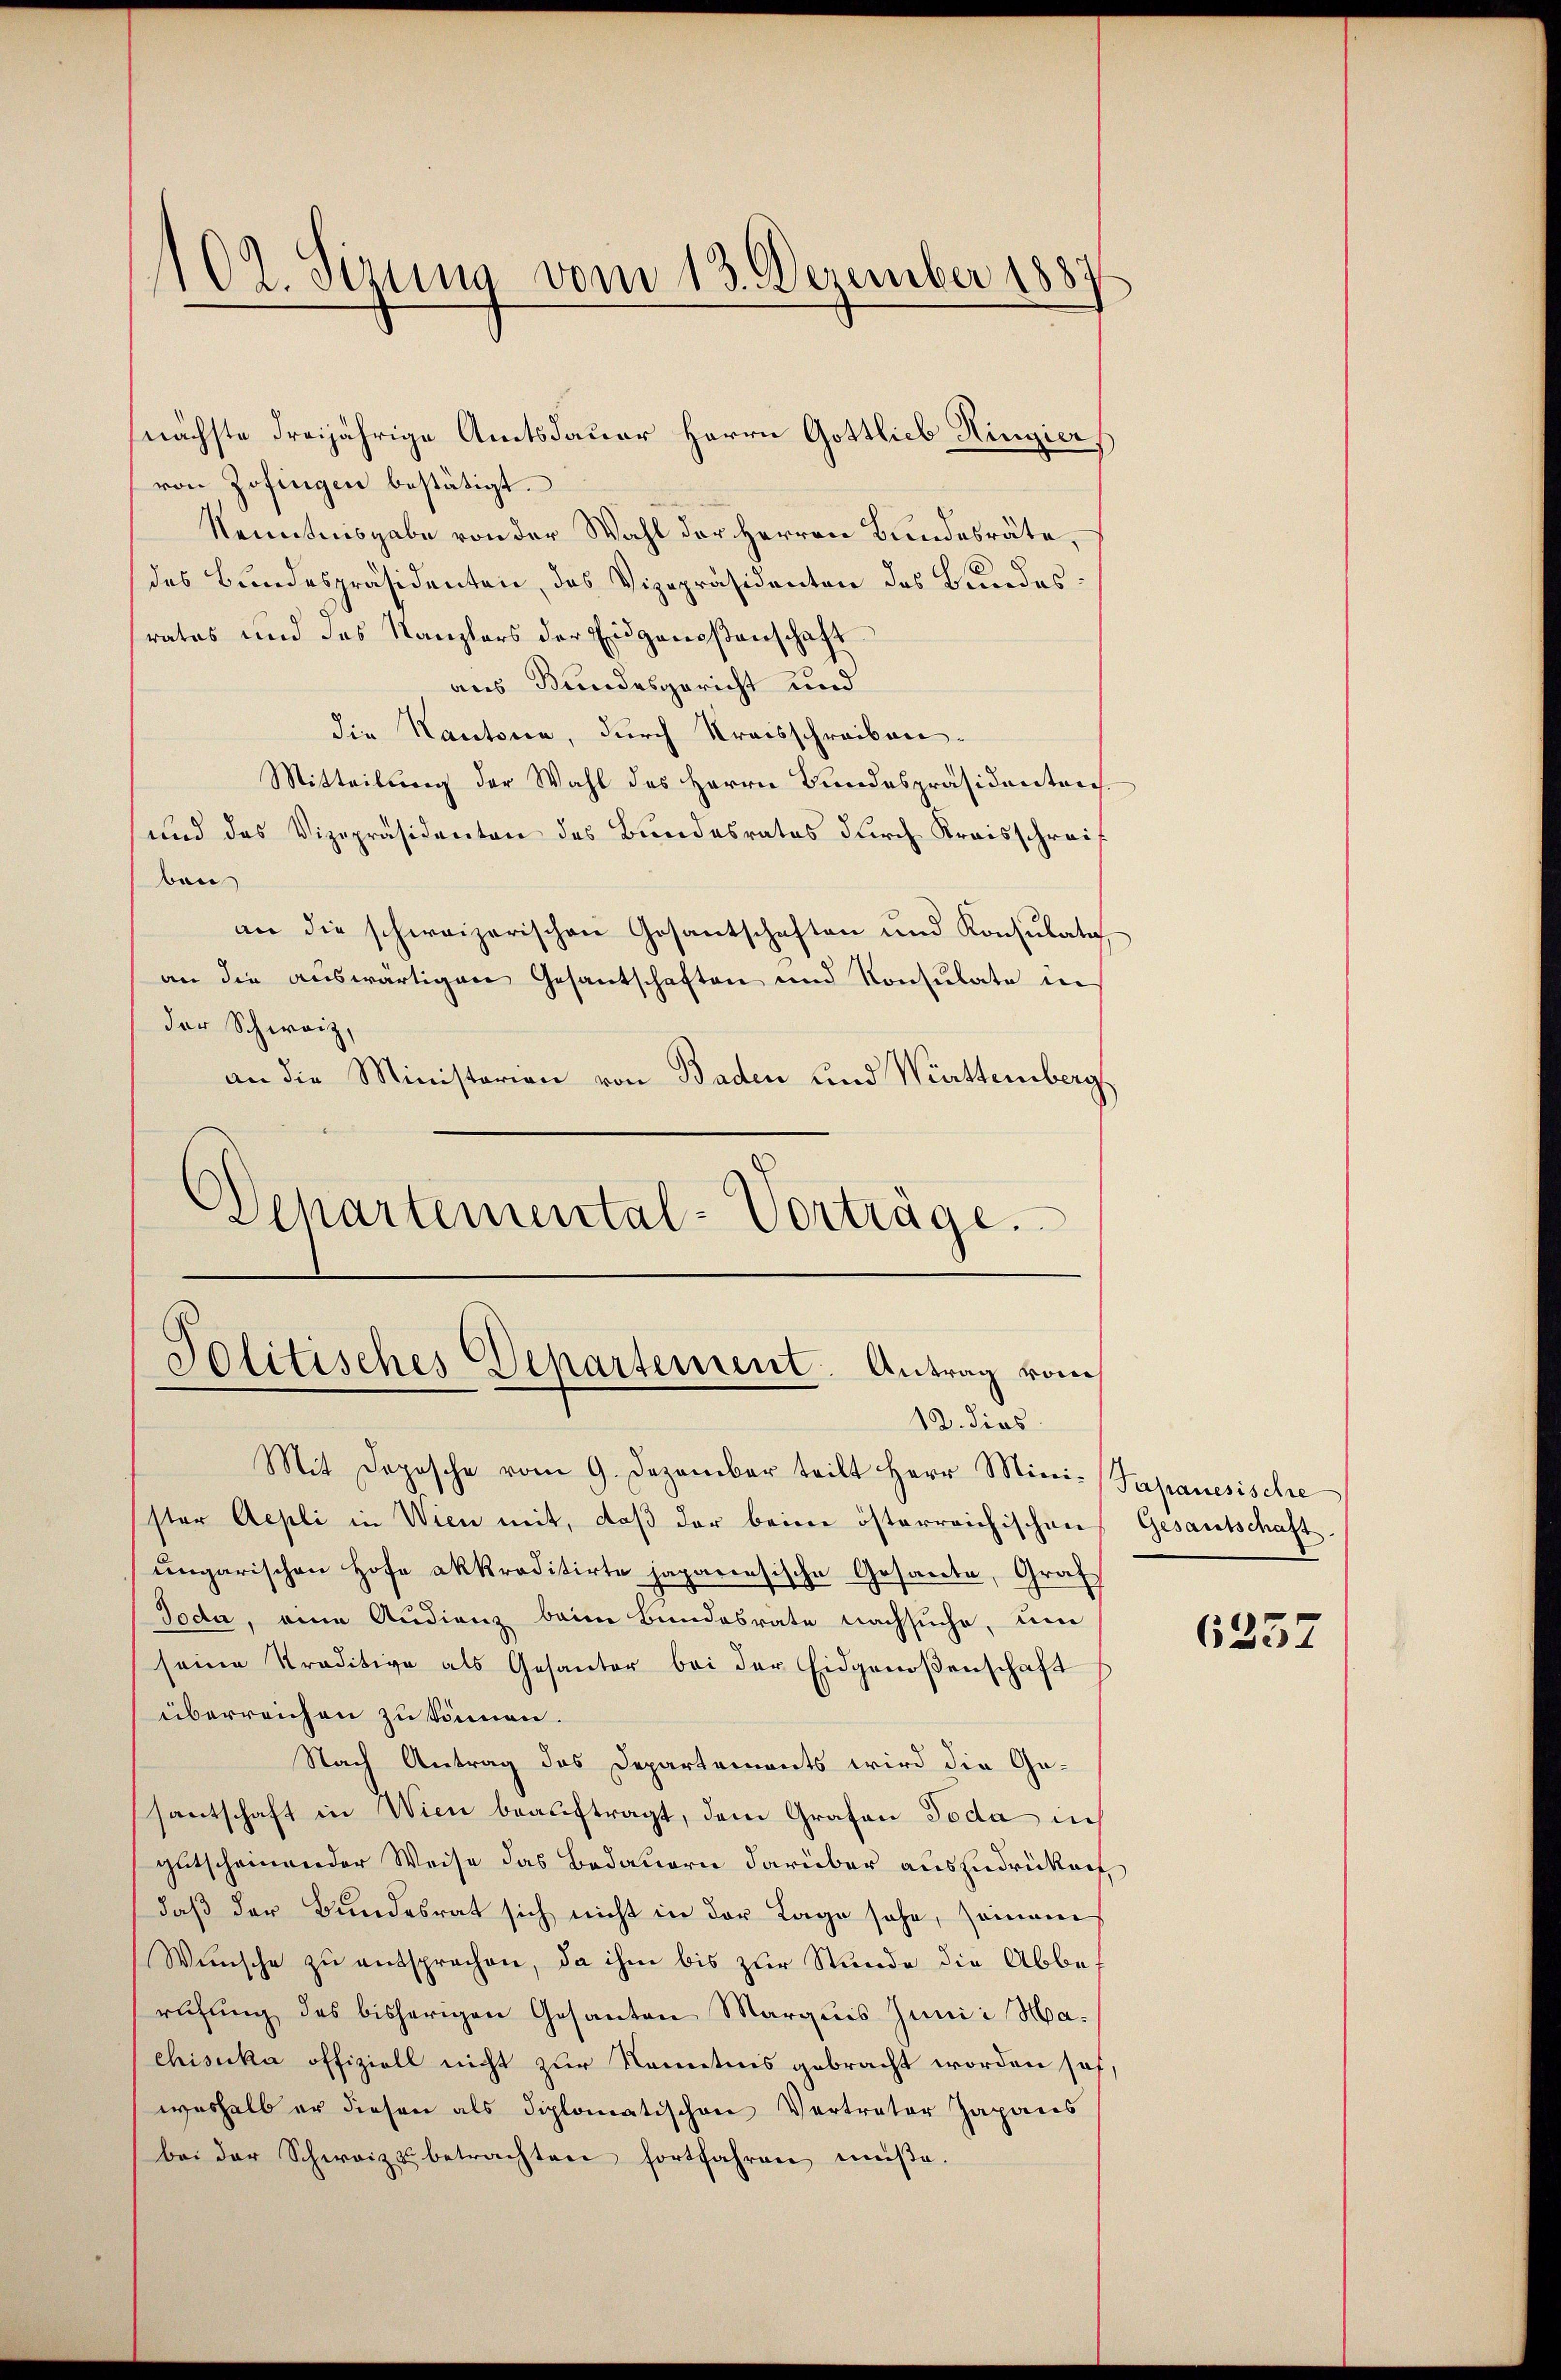
nächste dreijährige Amtsdauer Herrn Gottlieb Hingier
von Zofingen bestätigt.
Kenntnisgabe von der Wahl der Herren Bundesräte,
des Bundespräsidenten, das Vizepräsidenten des Bundesrates und das Kanzlers der Eidgenoßenschaft
aus Bundesgericht und
die Kantonia, durch Kreisschreiben.
Mitteilung der Wahl des Herrn Bundespräsidentens
und das Vizepräsidenten des Bundesrates durch Kraisschreif
ben
an die schweizerischen Gesantschaften und Konsulati
an die auswärtigen Gesantschaften und Konsulate in
der Schweiz,
an die Ministerien von Baden und Württemberg
Departemental-Vorträge.

102. Sirung vom 13. Dezember 1883

Politisches Departement. Antrag vom
13. dies

Mit Dopische vom 9. Dezember teilt Herr Mini-Japanesische
ster Aepli in Wien mit, daß der beim österreichischen Gesantschaft
ungarischen Hofe akkreditirte japanesische Gesante, Graf
Toda, eine Audienz beim Bundesrate nachsuche, um
seine Praditive als Gesanter bei der Eidgenoßenschaft
überreichen zu können.
Nach Antrag des Departements wird die Ge-
santschaft in Wien beauftragt, dem Grafen Toda in
gutscheinender Weise das Bedauern darüber aus Endrückan
daß der Bundesrat sich nicht in der Lage sehe, seinem
Wünsche zu entsprochen, da ihm bis zur Stunde die Abberufung des bisherigen Gesanten Marquis Junii Machiseka offiziell nicht zur Kenntnis gebracht worden hof,
weshalb er diesen als diplomatischen Vertrater Japans
bei der Schweiz u. betrachten fortfahren müße.

6237